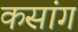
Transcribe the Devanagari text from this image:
कसांग